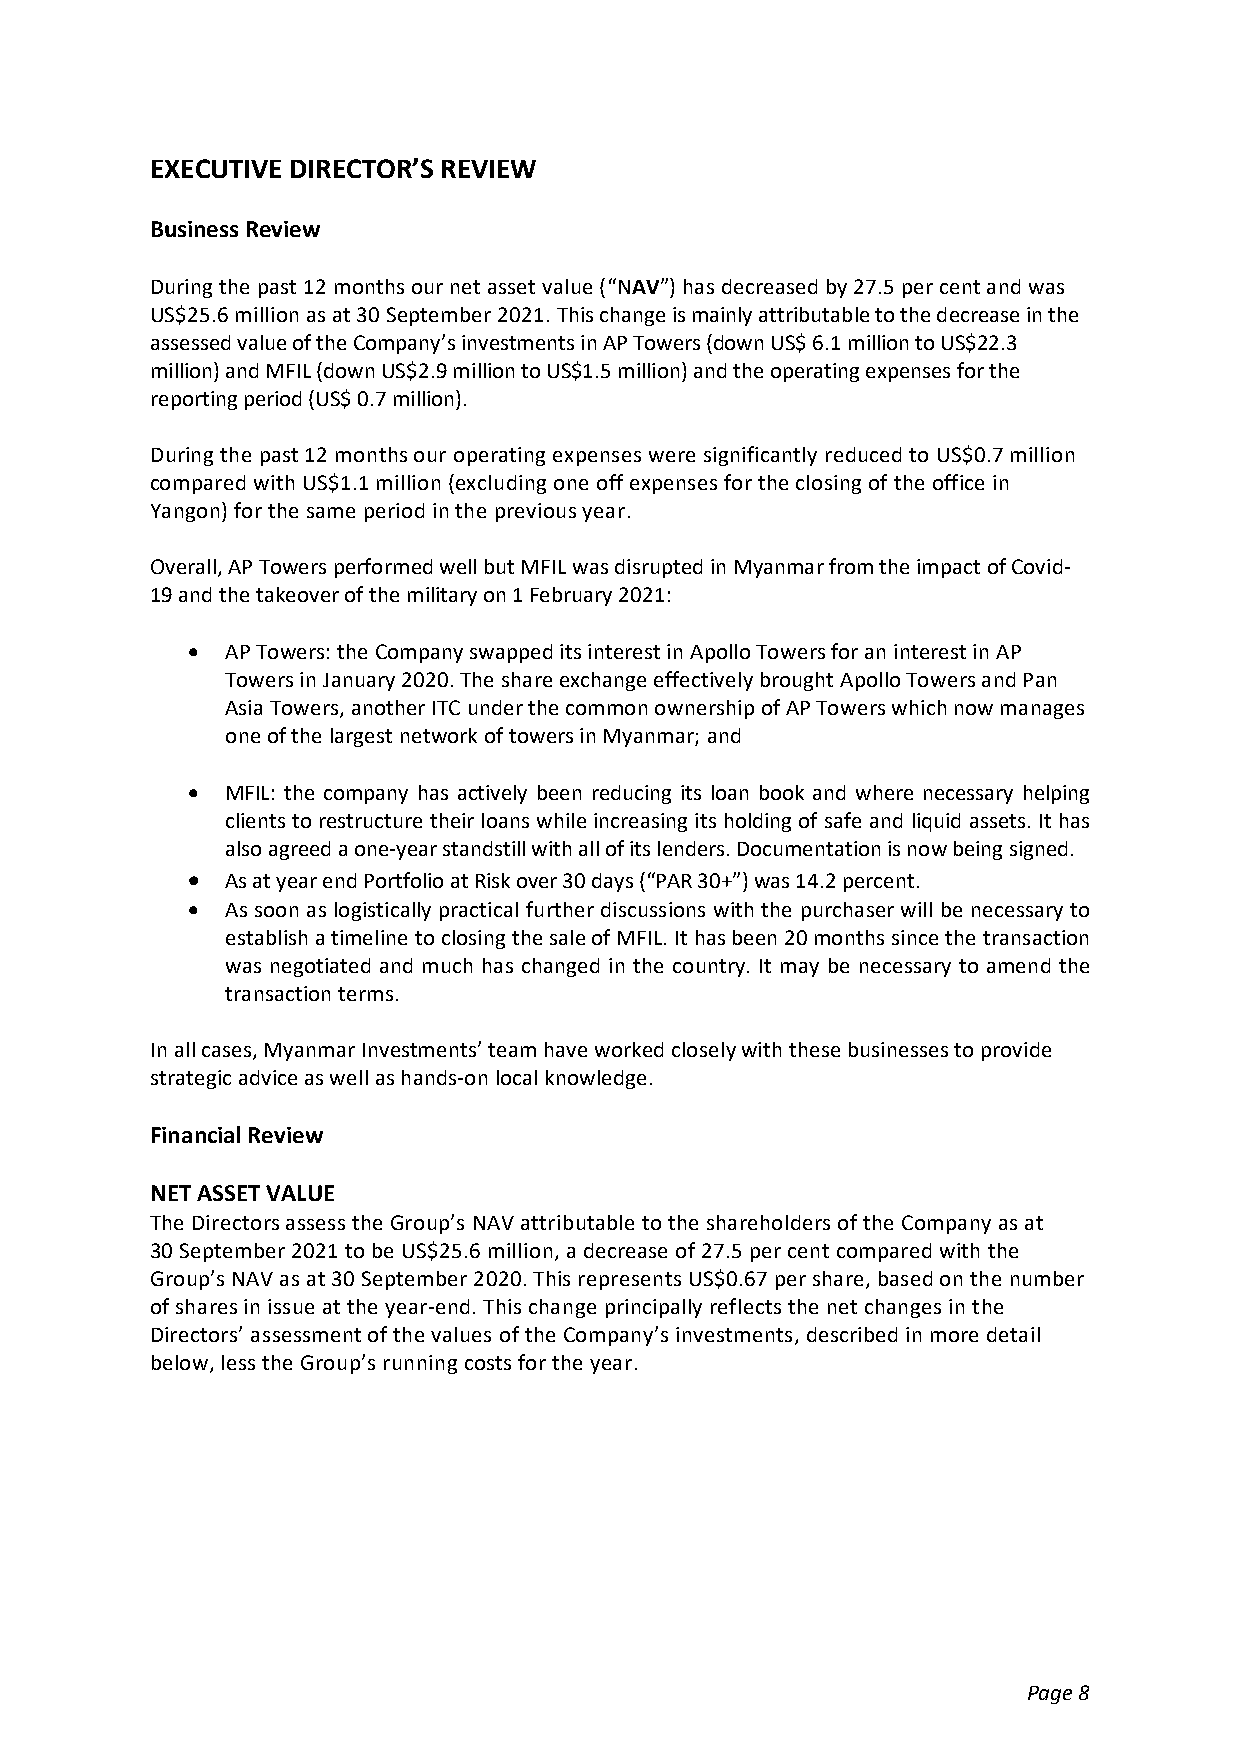
EXECUTIVE DIRECTOR’S REVIEW
 Business Review
 During the past 12 months our net asset value (“NAV”) has decreased by 27.5 per cent and was
 US$25.6 million as at 30 September 2021. This change is mainly attributable to the decrease in the
 assessed value of the Company’s investments in AP Towers (down US$ 6.1 million to US$22.3
 million) and MFIL (down US$2.9 million to US$1.5 million) and the operating expenses for the
 reporting period (US$ 0.7 million).
 During the past 12 months our operating expenses were significantly reduced to US$0.7 million
 compared with US$1.1 million (excluding one off expenses for the closing of the office in
 Yangon) for the same period in the previous year.
 Overall, AP Towers performed well but MFIL was disrupted in Myanmar from the impact of Covid-
 19 and the takeover of the military on 1 February 2021:
   AP Towers: the Company swapped its interest in Apollo Towers for an interest in AP
 Towers in January 2020. The share exchange effectively brought Apollo Towers and Pan
 Asia Towers, another ITC under the common ownership of AP Towers which now manages
 one of the largest network of towers in Myanmar; and
   MFIL: the company has actively been reducing its loan book and where necessary helping
 clients to restructure their loans while increasing its holding of safe and liquid assets. It has
 also agreed a one-year standstill with all of its lenders. Documentation is now being signed.
   As at year end Portfolio at Risk over 30 days (“PAR 30+”) was 14.2 percent.
   As soon as logistically practical further discussions with the purchaser will be necessary to
 establish a timeline to closing the sale of MFIL. It has been 20 months since the transaction
 was negotiated and much has changed in the country. It may be necessary to amend the
 transaction terms.
 In all cases, Myanmar Investments’ team have worked closely with these businesses to provide
 strategic advice as well as hands-on local knowledge.
 Financial Review
 NET ASSET VALUE
 The Directors assess the Group’s NAV attributable to the shareholders of the Company as at
 30 September 2021 to be US$25.6 million, a decrease of 27.5 per cent compared with the
 Group’s NAV as at 30 September 2020. This represents US$0.67 per share, based on the number
 of shares in issue at the year-end. This change principally reflects the net changes in the
 Directors’ assessment of the values of the Company’s investments, described in more detail
 below, less the Group’s running costs for the year.
 Page 8